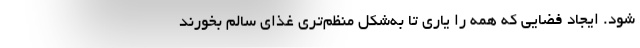
شود. ایجاد فضایی که همه را یاری تا به‌‌شکل منظم‌تری غذای سالم بخورند